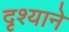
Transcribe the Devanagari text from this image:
दृश्याने